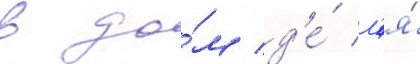
в до́м д'е́ л'я́